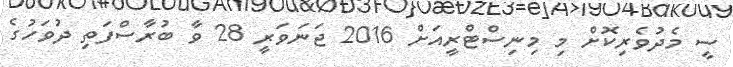
ސީ މެދުވެރިކޮށް މި މިނިސްޓްރީއަށް 2016 ޖަނަވަރީ 28 ވާ ބުރާސްފަތި ދުވަހުގެ